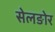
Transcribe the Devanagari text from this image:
सेलङोर